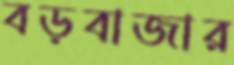
বড়বাজার